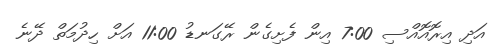
އަދި އިރޮއޮއްސި 7:00 އިން ފެށިގެން ރޭގަނޑު 11:00 އަށް ހިދުމަތް ދޭނެ